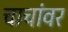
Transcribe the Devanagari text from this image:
चाचांवर